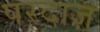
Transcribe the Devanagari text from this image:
परदाज़